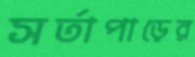
সর্তাপাড়ের